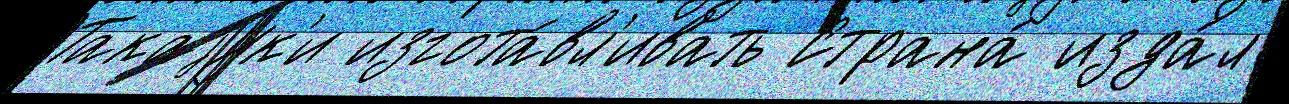
Такаjук'и изгота́вл'ивать Страна́ изда́л